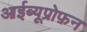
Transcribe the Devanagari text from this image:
आईब्यूप्रोफ़न